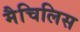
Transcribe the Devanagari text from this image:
मैचिलिस